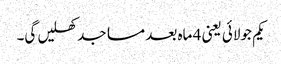
یکم جولائی یعنی 4 ماہ بعد مساجد کھلیں گی۔